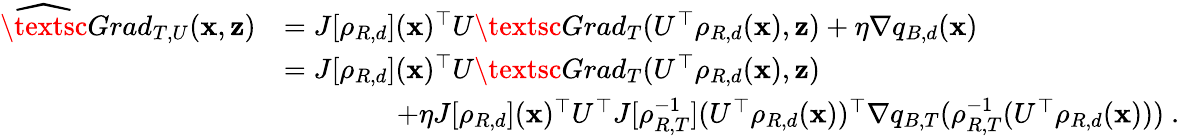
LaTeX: \begin{array}{rl}{\widehat\textsc{Grad}_{T,U}({\mathbf x},{\mathbf z})}&{=J[\rho_{R,d}]({\mathbf x})^{\top}U\textsc{Grad}_{T}(U^{\top}\rho_{R,d}({\mathbf x}),{\mathbf z})+\eta\nabla q_{B,d}({\mathbf x})}\\ &{=J[\rho_{R,d}]({\mathbf x})^{\top}U\textsc{Grad}_{T}(U^{\top}\rho_{R,d}({\mathbf x}),{\mathbf z})}\\ &{\qquad\qquad+\eta J[\rho_{R,d}]({\mathbf x})^{\top}U^{\top}J[\rho_{R,T}^{-1}](U^{\top}\rho_{R,d}({\mathbf x}))^{\top}\nabla q_{B,T}(\rho_{R,T}^{-1}(U^{\top}\rho_{R,d}({\mathbf x})))~.}\end{array}